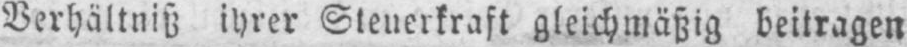
Verhältniß ihrer Steuerkraft gleichmäßig beitragen